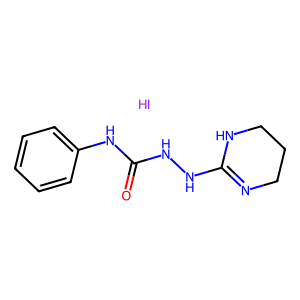
SMILES: I.O=C(NNC1=NCCCN1)Nc1ccccc1
Inhibits HIV replication: No